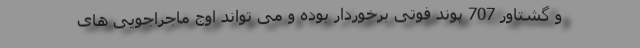
و گشتاور 707 پوند فوتی برخوردار بوده و می تواند اوج ماجراجویی های